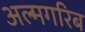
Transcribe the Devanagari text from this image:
अल्मगरिब